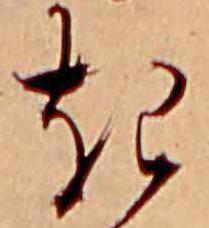
き